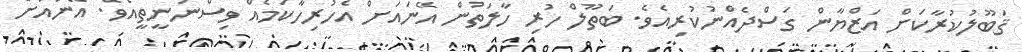
ޤަބޫލުކުރާކަށް އަޒްޔާން ގަސްދެއްނުކުރިއެވެ. ބަތޫލް ހުރި ހާލަތުން އޭނައަށް އެހުރިހާކަމެއް ވިސްނުނީތީއެވެ. އޭނައަށް